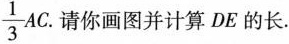
$$\frac{1}{3}AC$$ .请你画图并计算DE的长。